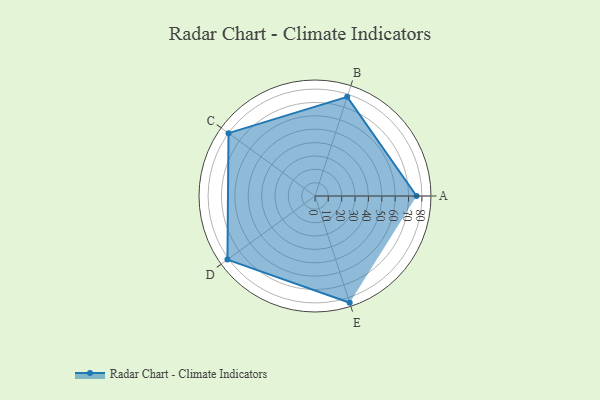
{"axis": {"x": "Skill", "y": "Score"}, "legend": ["Profile"], "data": [{"x": "A", "y": 76.0, "type": "Profile"}, {"x": "B", "y": 78.0, "type": "Profile"}, {"x": "C", "y": 80.0, "type": "Profile"}, {"x": "D", "y": 81.0, "type": "Profile"}, {"x": "E", "y": 84.0, "type": "Profile"}]}